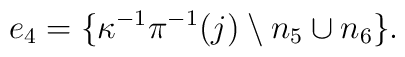
e_4=\{\kappa^{-1}\pi^{-1}(j)\setminus n_5 \cup n_6 \}.